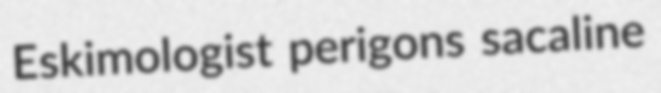
Eskimologist perigons sacaline